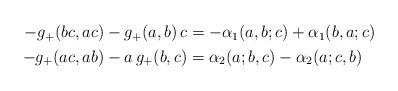
LaTeX: \begin{align*} \begin{aligned} -g_+(bc,ac) -g_+(a,b)\, c &= -\alpha_1(a,b;c) +\alpha_1(b,a;c) \\ -g_+(ac,ab) -a\, g_+(b,c) &= \alpha_2(a;b,c) -\alpha_2(a;c,b) \end{aligned}\end{align*}